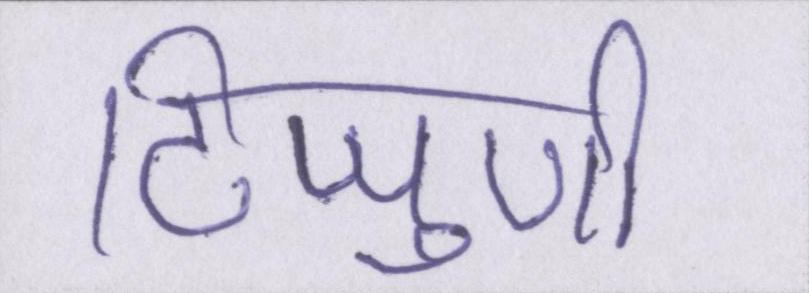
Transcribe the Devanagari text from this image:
टिप्पुणी